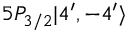
5 P _ { 3 / 2 } | 4 ^ { \prime } , - 4 ^ { \prime } \rangle